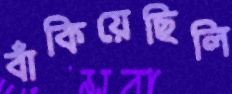
বাঁকিয়েছিলি